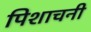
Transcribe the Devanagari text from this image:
पिशाचनी